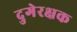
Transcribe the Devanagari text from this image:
दुगेरक्षक